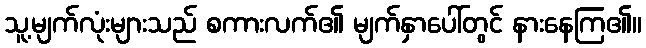
သူ့မျက်လုံးများသည် စကားလက်၏ မျက်နှာပေါ်တွင် နားနေကြ၏။